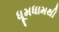
ધૂમધામથી